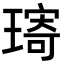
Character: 𤨥